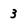
Character: 3